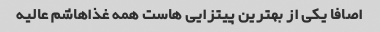
اصافا یکی از بهترین پیتزایی هاست همه غذاهاشم عالیه